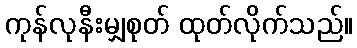
ကုန်လုနီးမျှစုတ် ထုတ်လိုက်သည်။